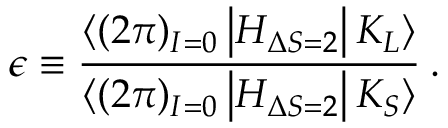
\epsilon \equiv \frac { \langle ( 2 \pi ) _ { I = 0 } \left| H _ { \Delta S = 2 } \right| K _ { L } \rangle } { \langle ( 2 \pi ) _ { I = 0 } \left| H _ { \Delta S = 2 } \right| K _ { S } \rangle } \: .